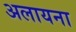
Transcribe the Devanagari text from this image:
अलायना